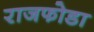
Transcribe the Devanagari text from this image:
राजफोडा